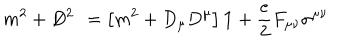
m ^ { 2 } + D ^ { 2 } / = \left[ m ^ { 2 } + D _ { \mu } D ^ { \mu } \right] { \bf 1 } + \frac { e } { 2 } F _ { \mu \nu } \sigma ^ { \mu \nu }